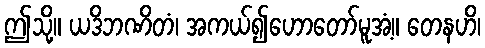
ဤသို့။ ယဒိဘဏိတံ၊ အကယ်၍ဟောတော်မူအံ့။ တေနဟိ၊